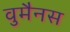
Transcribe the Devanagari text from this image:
वुमैनस